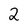
Character: 2